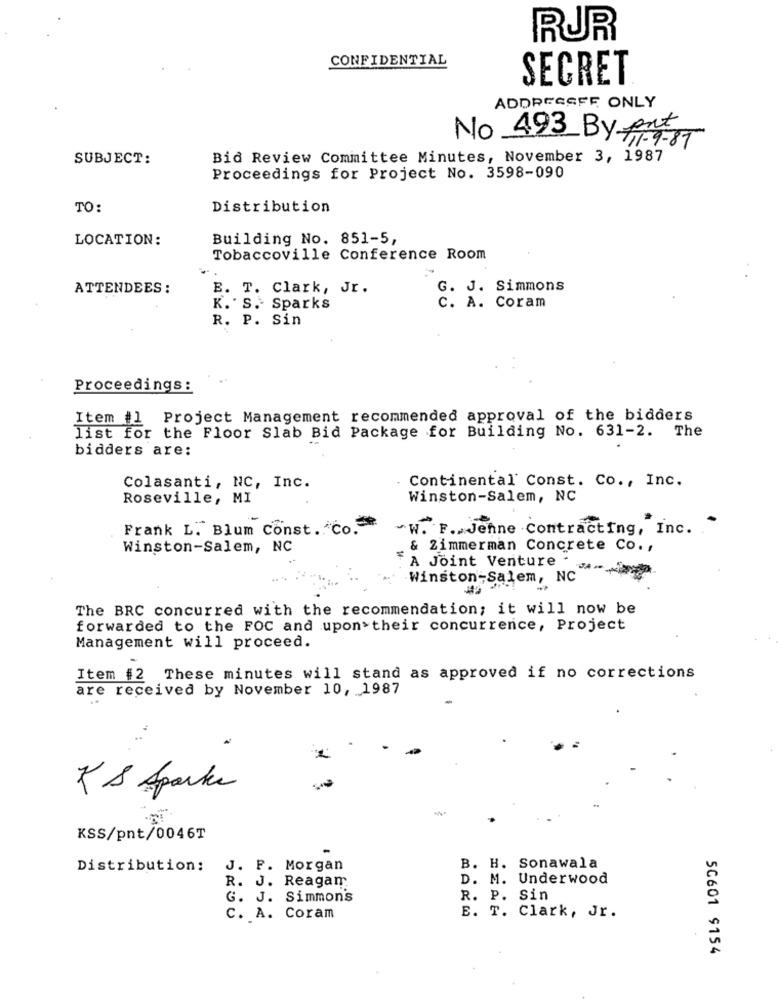
RUR
CONFIDENTIAL
SECRET
ADDRESSEE ONLY
No 493 By put
SUBJECT:
Bid Review Committee Minutes, November 3, 1987
Proceedings for Project No. 3598-090
TO:
Distribution
LOCATION:
Building No. 851-5,
Tobaccoville Conference Room
ATTENDEES :
B. T. Clark, Jr.
G. J. Simmons
K. S. Sparks
c. A. Coram
R. P. Sin
Proceedings:
Item #1
Project Management recommended approval of the bidders
list for the Floor Slab Bid Package for Building No. 631-2. The
bidders are:
Continental' Const. Co ., Inc.
Colasanti, NC, Inc.
Roseville, MI
Winston-Salem, NC
Frank L. Blum Const. Co.
-W. F. Jehne . ContractIng, Inc. . "
Winston-Salem, NC
& Zimmerman Concrete Co. ,
F A Joint Venture .
Winston-Salem, NC
The BRC concurred with the recommendation; it will now be
forwarded to the FOC and upon their concurrence, Project
Management will proceed.
Item #2 These minutes will stand as approved if no corrections
are received by November 10, 1987
KS Sparke
KSS/pnt/0046T
Distribution:
J. P. Morgan
B. H. Sonawala
R. J. Reagan
D. M. Underwood
G. J. Simmons
R. P. Sin
C. A. Coram
E. T. Clark, Jr.
50601 9154